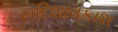
સદિશાવકાશ